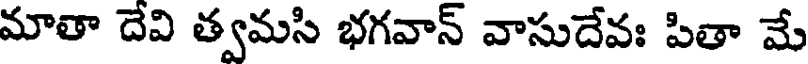
మాతా దేవి త్వమసి భగవాన్ వాసుదేవః పితా మే